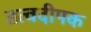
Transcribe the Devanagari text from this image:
तत्वदीपक